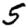
Digit: 5